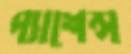
প্যাশেন্স